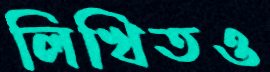
লিখিতও